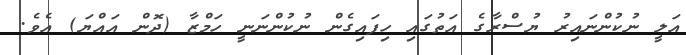
އަލީ ނުކުންނައިރު ޔުސްރާގެ އަތުގައި ހިފައިގެން ނުކުންނަނީ ހަމްޒާ (ދޮން އައްޔަ) އެވެ.